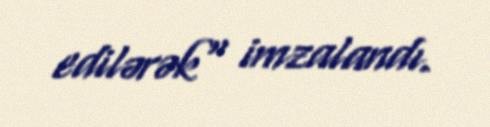
edilərək" imzalandı.